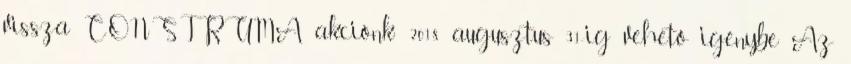
vissza CONSTRUMA akciónk: 2018 augusztus 31-ig vehető igénybe Az